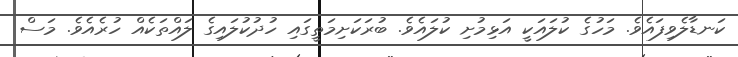
ކަނޑާލެވިފައެވެ. މަހުގެ ކުލައަކީ އަޅިމުށި ކުލައެވެ. ބުރަކަށިމަތީގައި ހުދުކުލައިގެ ލައްތަކެއް ހުރެއެވެ. މަސް